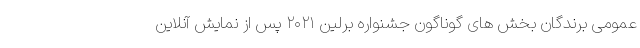
عمومی برندگان بخش های گوناگون جشنواره برلین ۲۰۲۱ پس از نمایش آنلاین